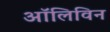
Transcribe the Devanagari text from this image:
ऑलिविन